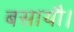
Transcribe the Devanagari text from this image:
बसायौ।